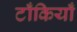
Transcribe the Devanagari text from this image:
टाँकियाँ